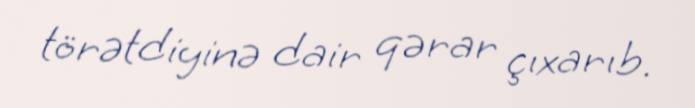
törətdiyinə dair qərar çıxarıb.